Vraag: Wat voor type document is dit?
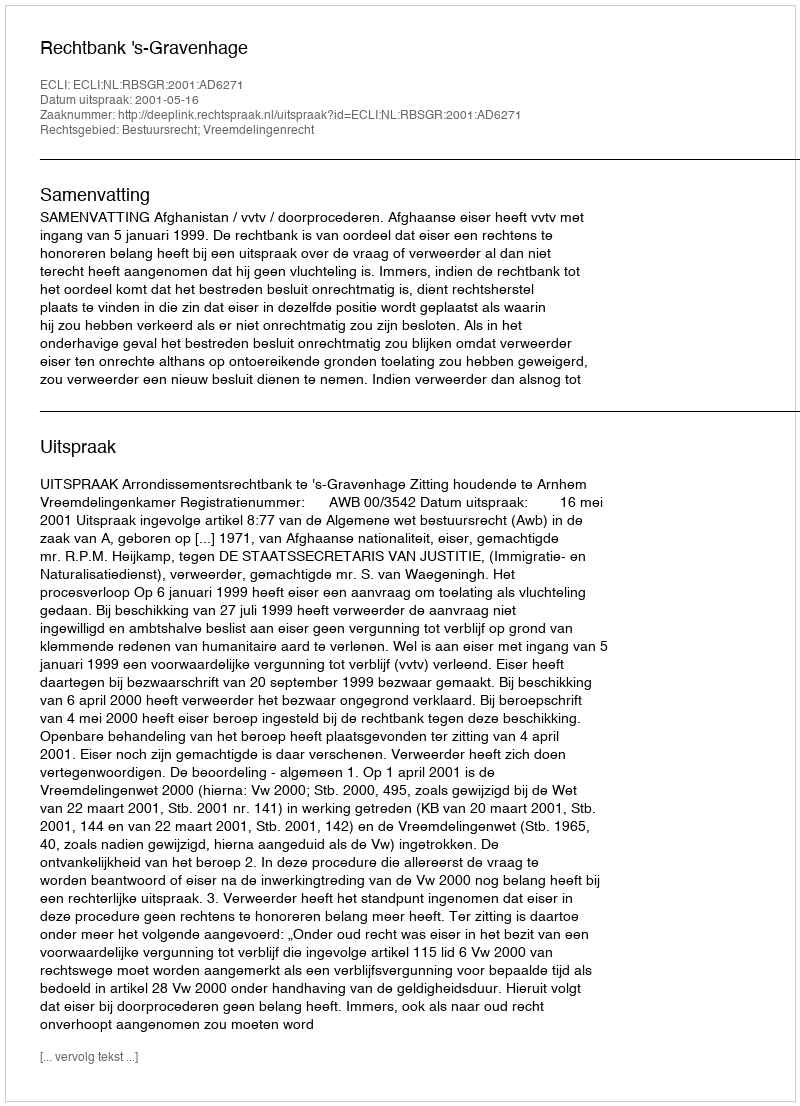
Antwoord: Uitspraak